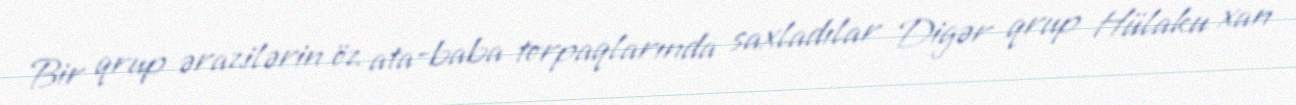
Bir qrup ərazilərin öz ata-baba torpaqlarında saxladılar Digər qrup Hülaku xan